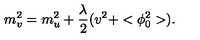
m _ { v } ^ { 2 } = m _ { u } ^ { 2 } + \frac { \lambda } { 2 } ( v ^ { 2 } + < \phi _ { 0 } ^ { 2 } > ) .